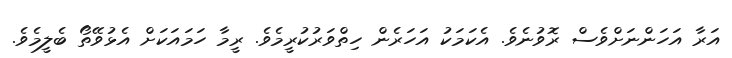
އަރާ އަހަންނަށްވެސް ރޮވުނެވެ. އެކަމަކު އަހަރެން ހިތްވަރުކުރީމެވެ. ރީމާ ހަމައަކަށް އެޅުވޭތޯ ބެލީމެވެ.